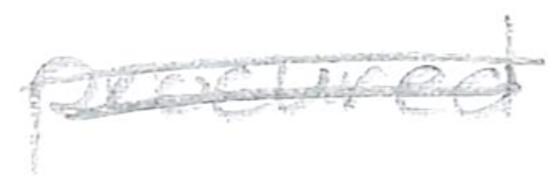
Text: procured
Cross-out: double-line
Writing tool: pencil